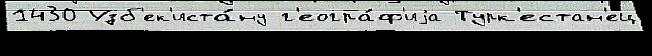
1430 Узб'ек'иста́ну г'еогра́ф'иjа Турк'естан'ец